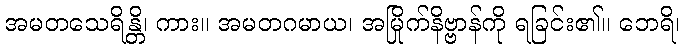
အမတသေရိန္တိ၊ ကား။ အမတဂမာယ၊ အမြိုက်နိဗ္ဗာန်ကို ရခြင်း၏။ ဘေရိ၊